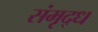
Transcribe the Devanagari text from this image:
संमृद्ध